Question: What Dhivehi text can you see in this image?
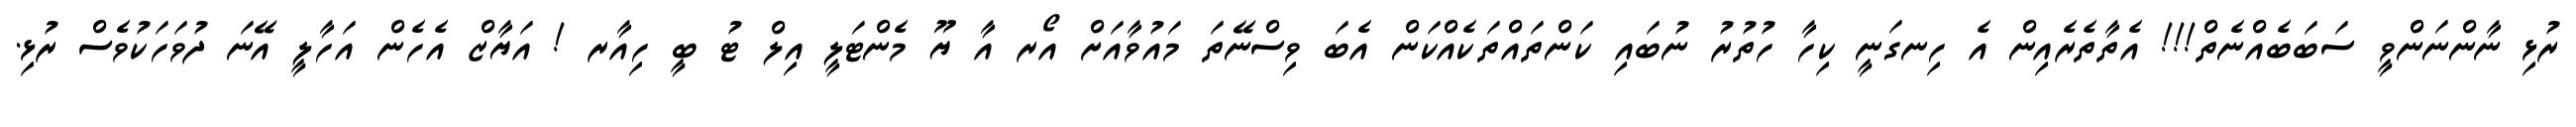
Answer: ރުޅި ނާންނަންވީ ސަބަބެއްނެތް!!! އެތާތެރެއިން އެ ހިނގަނީ ކިހާ ހުތުރު ނުބައި ކަންތައްތަކެއްކަން އެބަ ވިސްނޭތަ މައުވާއަށް އޯރ އާ ޔޫ މެންޓަލީ އިލް ޓު ބީ ހިއާރ ! އަޔާޒް އެހެން އަހާލީ އޭނަ ދުވަހަކުވެސް ރުޅި.